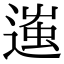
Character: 𨖀